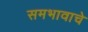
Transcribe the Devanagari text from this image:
समभावाचे